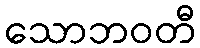
သောဘဝတီ